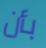
بأن